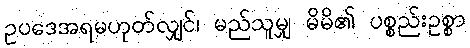
ဥပဒေအရမဟုတ်လျှင်၊ မည်သူမျှ မိမိ၏ ပစ္စည်းဥစ္စာ